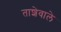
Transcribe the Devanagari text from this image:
ताशेवाले